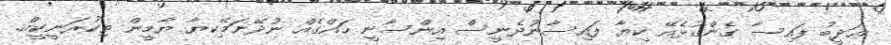
ޢަދީބު ފައިސާ ގެންގުޅެއޭ ކިޔާ ފައިސާނުދެނީސް އިންސާނީ ހައްގެއް ނުދޭނަމޭކިޔާ ޔާމީން ތިކުރަނީކީއް.